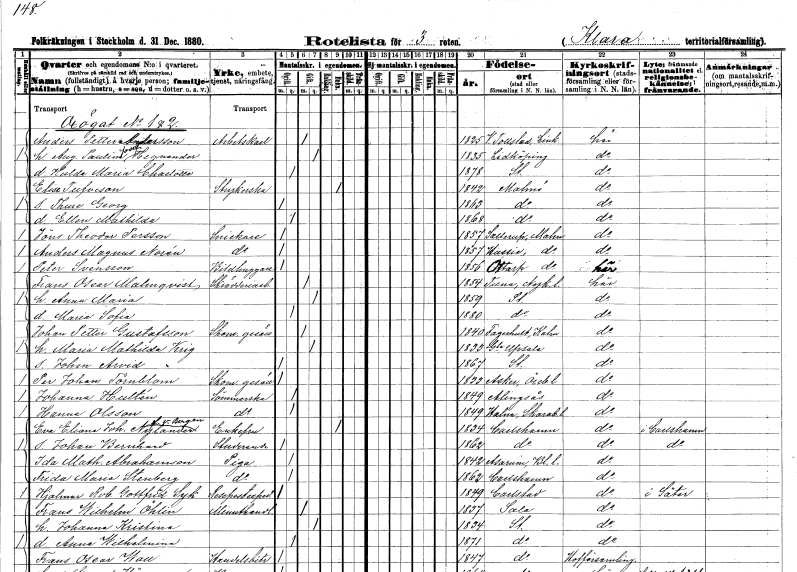
gt_parse: households: individuals: FN: Anders Petter
EN: Andersson
YRKE: Arbetskarl
KON: M
CIV: G
FODAR: 1825
FODFORS: Västra Tollstad Östergötlands län
FN: Augusta Paulina Josefina
EN: Hegnander
KON: K
CIV: G
FODAR: 1835
FODFORS: Lidköping Skaraborgs län
FN: Hulda Maria Charlotta
KON: K
CIV: O
FODAR: 1878
FODFORS: Stockholm
FN: Elise
EN: Tufveson
YRKE: Strykerska
KON: K
CIV: E
FODAR: 1842
FODFORS: Malmö Malmöhus län
FN: Thure Georg
KON: M
CIV: O
FODAR: 1863
FODFORS: Malmö Malmöhus län
FN: Ellen Mathilda
KON: K
CIV: O
FODAR: 1868
FODFORS: Malmö Malmöhus län
FN: Jöns Theodor
EN: Persson
YRKE: Snickare
KON: M
CIV: O
FODAR: 1857
FODFORS: Sallerup Malmöhus län
FN: Anders Magnus
EN: Norén
YRKE: Snickare
KON: M
CIV: O
FODAR: 1857
FODFORS: Husie Malmöhus län
FN: Peter
EN: Svensson
YRKE: Bildhuggare
KON: M
CIV: O
FODAR: 1856
FODFORS: Ottarp Malmöhus län
FN: Frans Oscar
EN: Malmqvist
YRKE: Skrädderiarbetare
KON: M
CIV: G
FODAR: 1854
FODFORS: Tuna Södermanlands län
FN: Anna Maria
KON: K
CIV: G
FODAR: 1859
FODFORS: Stockholm
FN: Maria Sofia
KON: K
CIV: O
FODAR: 1880
FODFORS: Stockholm
FN: Johan Petter
EN: Gustafsson
YRKE: Skomakaregesäll
KON: M
CIV: G
FODAR: 1840
FODFORS: Fagerhult Kalmar län
FN: Maria Mathilda
EN: Krig
KON: K
CIV: G
FODAR: 1833
FODFORS: Gamla Uppsala Uppsala län
FN: Johan Arvid
KON: M
CIV: O
FODAR: 1867
FODFORS: Stockholm
FN: Per Johan
EN: Törnblom
YRKE: Skomakaregesäll
KON: M
CIV: O
FODAR: 1833
FODFORS: Asker Örebro län
FN: Johanna
EN: Hultén
YRKE: Sömmerska
KON: K
CIV: O
FODAR: 1849
FODFORS: Alingsås Älvsborgs län
FN: Hanna
EN: Olsson
YRKE: Sömmerska
KON: K
CIV: O
FODAR: 1849
FODFORS: Halna Skaraborgs län
FN: Eva Eliana Johanna
EN: Nylander v. Bergen
KON: K
CIV: E
FODAR: 1834
FODFORS: Karlshamn Blekinge län
FN: Johan Bernhard
YRKE: Studerande
KON: M
CIV: O
FODAR: 1862
FODFORS: Karlshamn Blekinge län
FN: Ida Mathilda
EN: Abrahamson
YRKE: Piga
KON: K
CIV: O
FODAR: 1842
FODFORS: Asarum Blekinge län
FN: Frida Maria
EN: Stenberg
YRKE: Piga
KON: K
CIV: O
FODAR: 1862
FODFORS: Karlshamn Blekinge län
FN: Hjalmar Robert Gottfrid
EN: Syk
YRKE: Resepostexpeditör
KON: M
CIV: O
FODAR: 1849
FODFORS: Karlstad Värmlands län
FN: Frans Wilhelm
EN: Öhlin
YRKE: Minuthandlare
KON: M
CIV: G
FODAR: 1837
FODFORS: Sala Västmanlands län
FN: Johanna Kristina
KON: K
CIV: G
FODAR: 1834
FODFORS: Stockholm
FN: Anna Wilhelmina
KON: K
CIV: O
FODAR: 1871
FODFORS: Stockholm
FN: Frans Oscar
EN: Wall
YRKE: Handelsbiträde
KON: M
CIV: O
FODAR: 1847
FODFORS: Stockholm